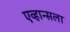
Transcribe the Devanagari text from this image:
एव्हान्सला